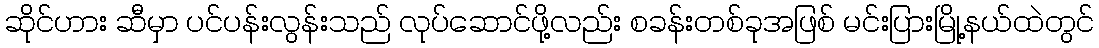
ဆိုင်ဟား ဆီမှာ ပင်ပန်းလွန်းသည် လုပ်ဆောင်ဖို့လည်း စခန်းတစ်ခုအဖြစ် မင်းပြားမြို့နယ်ထဲတွင်